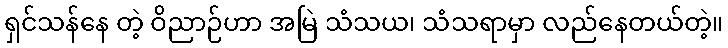
ရှင်သန်နေ တဲ့ ဝိညာဉ်ဟာ အမြဲ သံသယ၊ သံသရာမှာ လည်နေတယ်တဲ့။